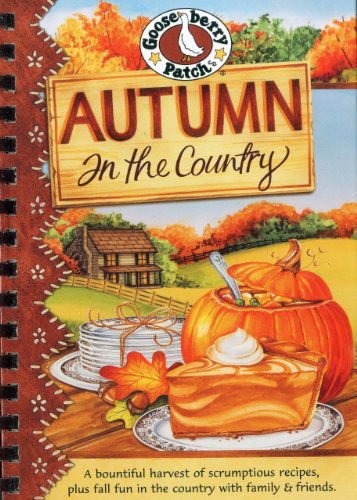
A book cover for Autumn in the Country Cookbook (Seasonal Cookbook Collection); Gooseberry Patch; Cookbooks, Food & Wine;